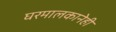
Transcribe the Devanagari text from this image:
घरमालकानेही